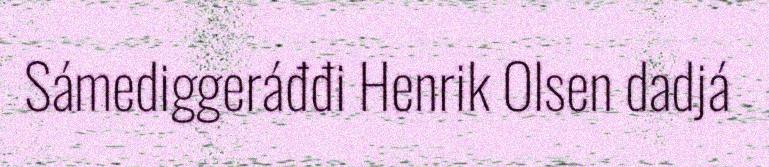
Sámediggeráđđi Henrik Olsen dadjá